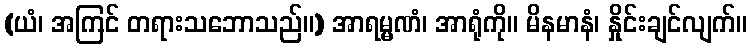
(ယံ၊ အကြင် တရားသဘောသည်။) အာရမ္မဏံ၊ အာရုံကို။ မိနမာနံ၊ နှိုင်းချင်လျက်။